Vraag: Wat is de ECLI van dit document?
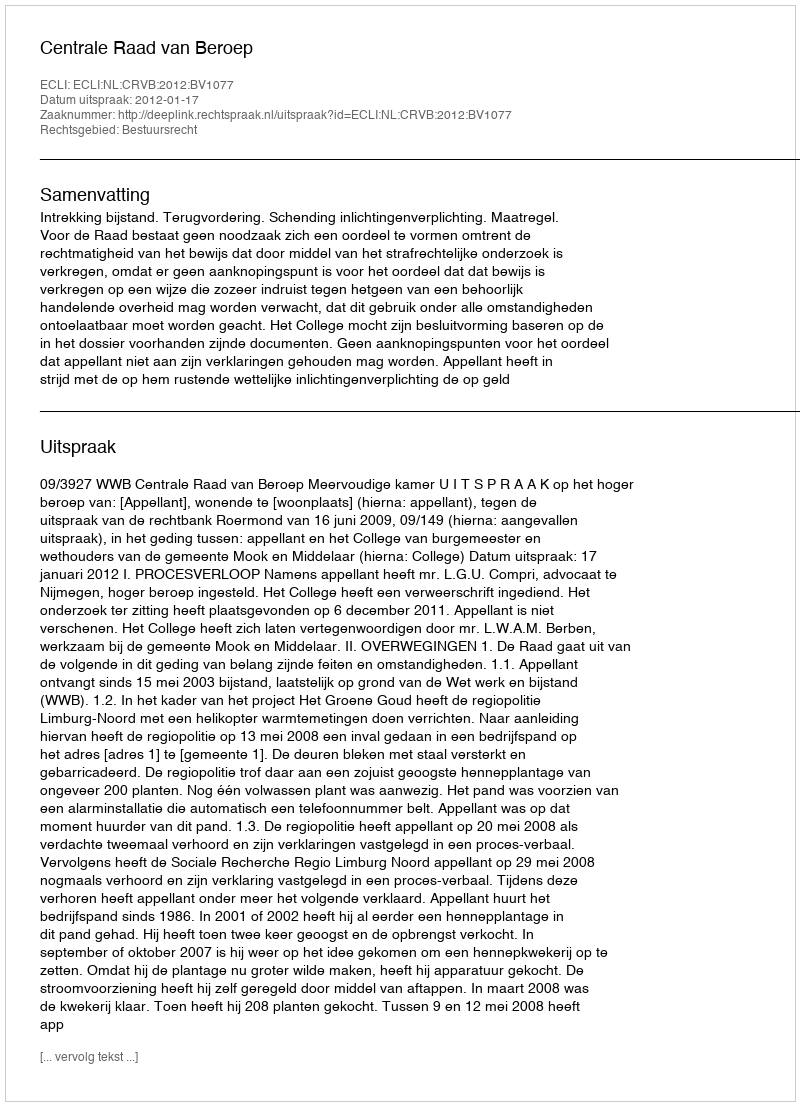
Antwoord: ECLI:NL:CRVB:2012:BV1077